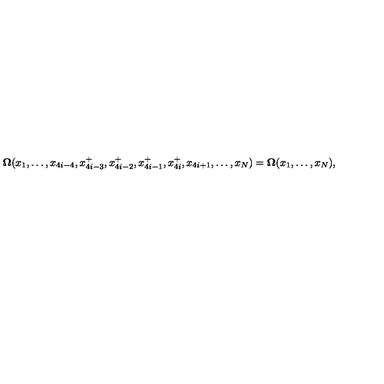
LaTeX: { \bf \Omega } ( x _ { 1 } , \ldots , x _ { 4 i - 4 } , x _ { 4 i - 3 } ^ { + } , x _ { 4 i - 2 } ^ { + } , x _ { 4 i - 1 } ^ { + } , x _ { 4 i } ^ { + } , x _ { 4 i + 1 } , \ldots , x _ { N } ) = { \bf \Omega } ( x _ { 1 } , \ldots , x _ { N } ) , \nonumber